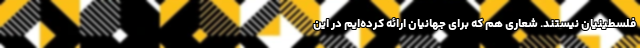
فلسطینیان نیستند. شعاری هم که برای جهانیان ارائه کرده‌ایم در این